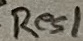
Text: 1K